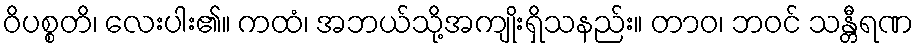
ဝိပစ္စတိ၊ လေးပါး၏။ ကထံ၊ အဘယ်သို့အကျိုးရှိသနည်း။ တာဝ၊ ဘဝင် သန္တီရဏ